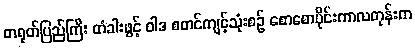
တရုတ်ပြည်ကြီး တံခါးဖွင့် ဝါဒ စတင်ကျင့်သုံးစဉ် စောစောပိုင်းကာလတုန်းက